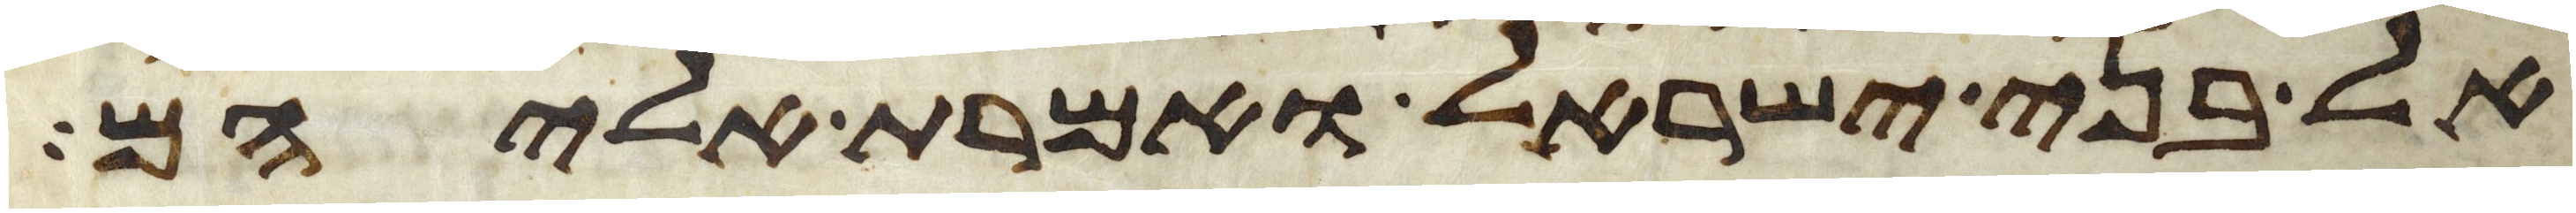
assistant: אל בני ישראל ואמרת אליהם